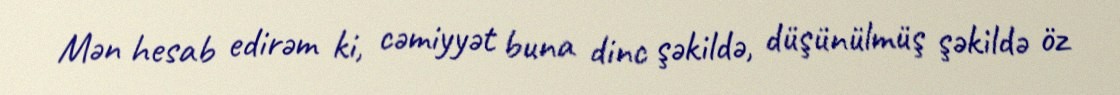
Mən hesab edirəm ki, cəmiyyət buna dinc şəkildə, düşünülmüş şəkildə öz